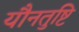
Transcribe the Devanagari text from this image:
यौनतुष्टि